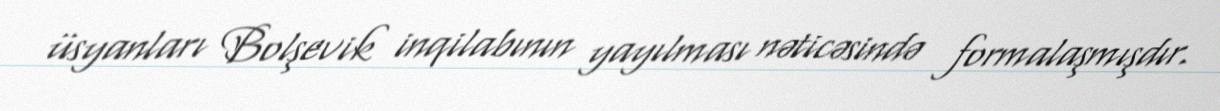
üsyanları Bolşevik inqilabının yayılması nəticəsində formalaşmışdır.